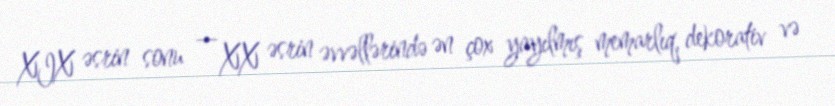
XIX əsrin sonu — XX əsrin əvvəllərində ən çox yayılmış memarlıq, dekorativ və